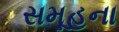
સમૂહના